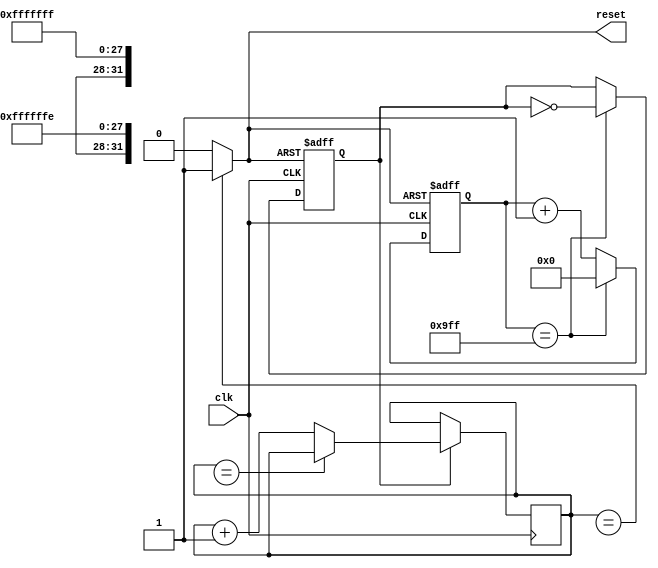
module power_on_reset(clk,reset);

input clk;
output reset;

//clk=49.152MHz
//baud_rate=9600
//txclk=49.152MHz/(2*9600)=2560
//we use calc.exe to check 2560 need 12bits.
//parameter CNT_TXCLK=12'd2560;
parameter CNT_TXCLK=12'd2559;
reg [11:0] cnt4txclk;
reg txclk;

//generate tx clock.
always@(posedge clk or posedge reset)
begin
	if(reset)
		begin
			txclk<=0;
			cnt4txclk<=12'd0;
		end
	else
		if(cnt4txclk==CNT_TXCLK)
			begin
				txclk<=~txclk;
				cnt4txclk<=12'd0;
			end
		else
			cnt4txclk<=cnt4txclk+1'b1;
end



reg [31:0] count = 0;

always @(posedge clk) 
begin
		if(txclk) begin
					if(count == 32'h0xfffffff) 
						count <= count;
					else
						count <= count + 1'b1;
		end
end

assign reset = (count==32'h0xffffffe) ? 1'b1 : 1'b0; // power on reset high for 2000ms
endmodule